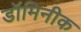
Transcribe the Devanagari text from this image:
डॉमिनीक